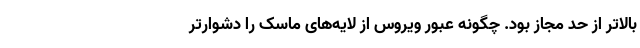
بالاتر از حد مجاز بود. چگونه عبور ویروس از لایه‌های ماسک را دشوارتر